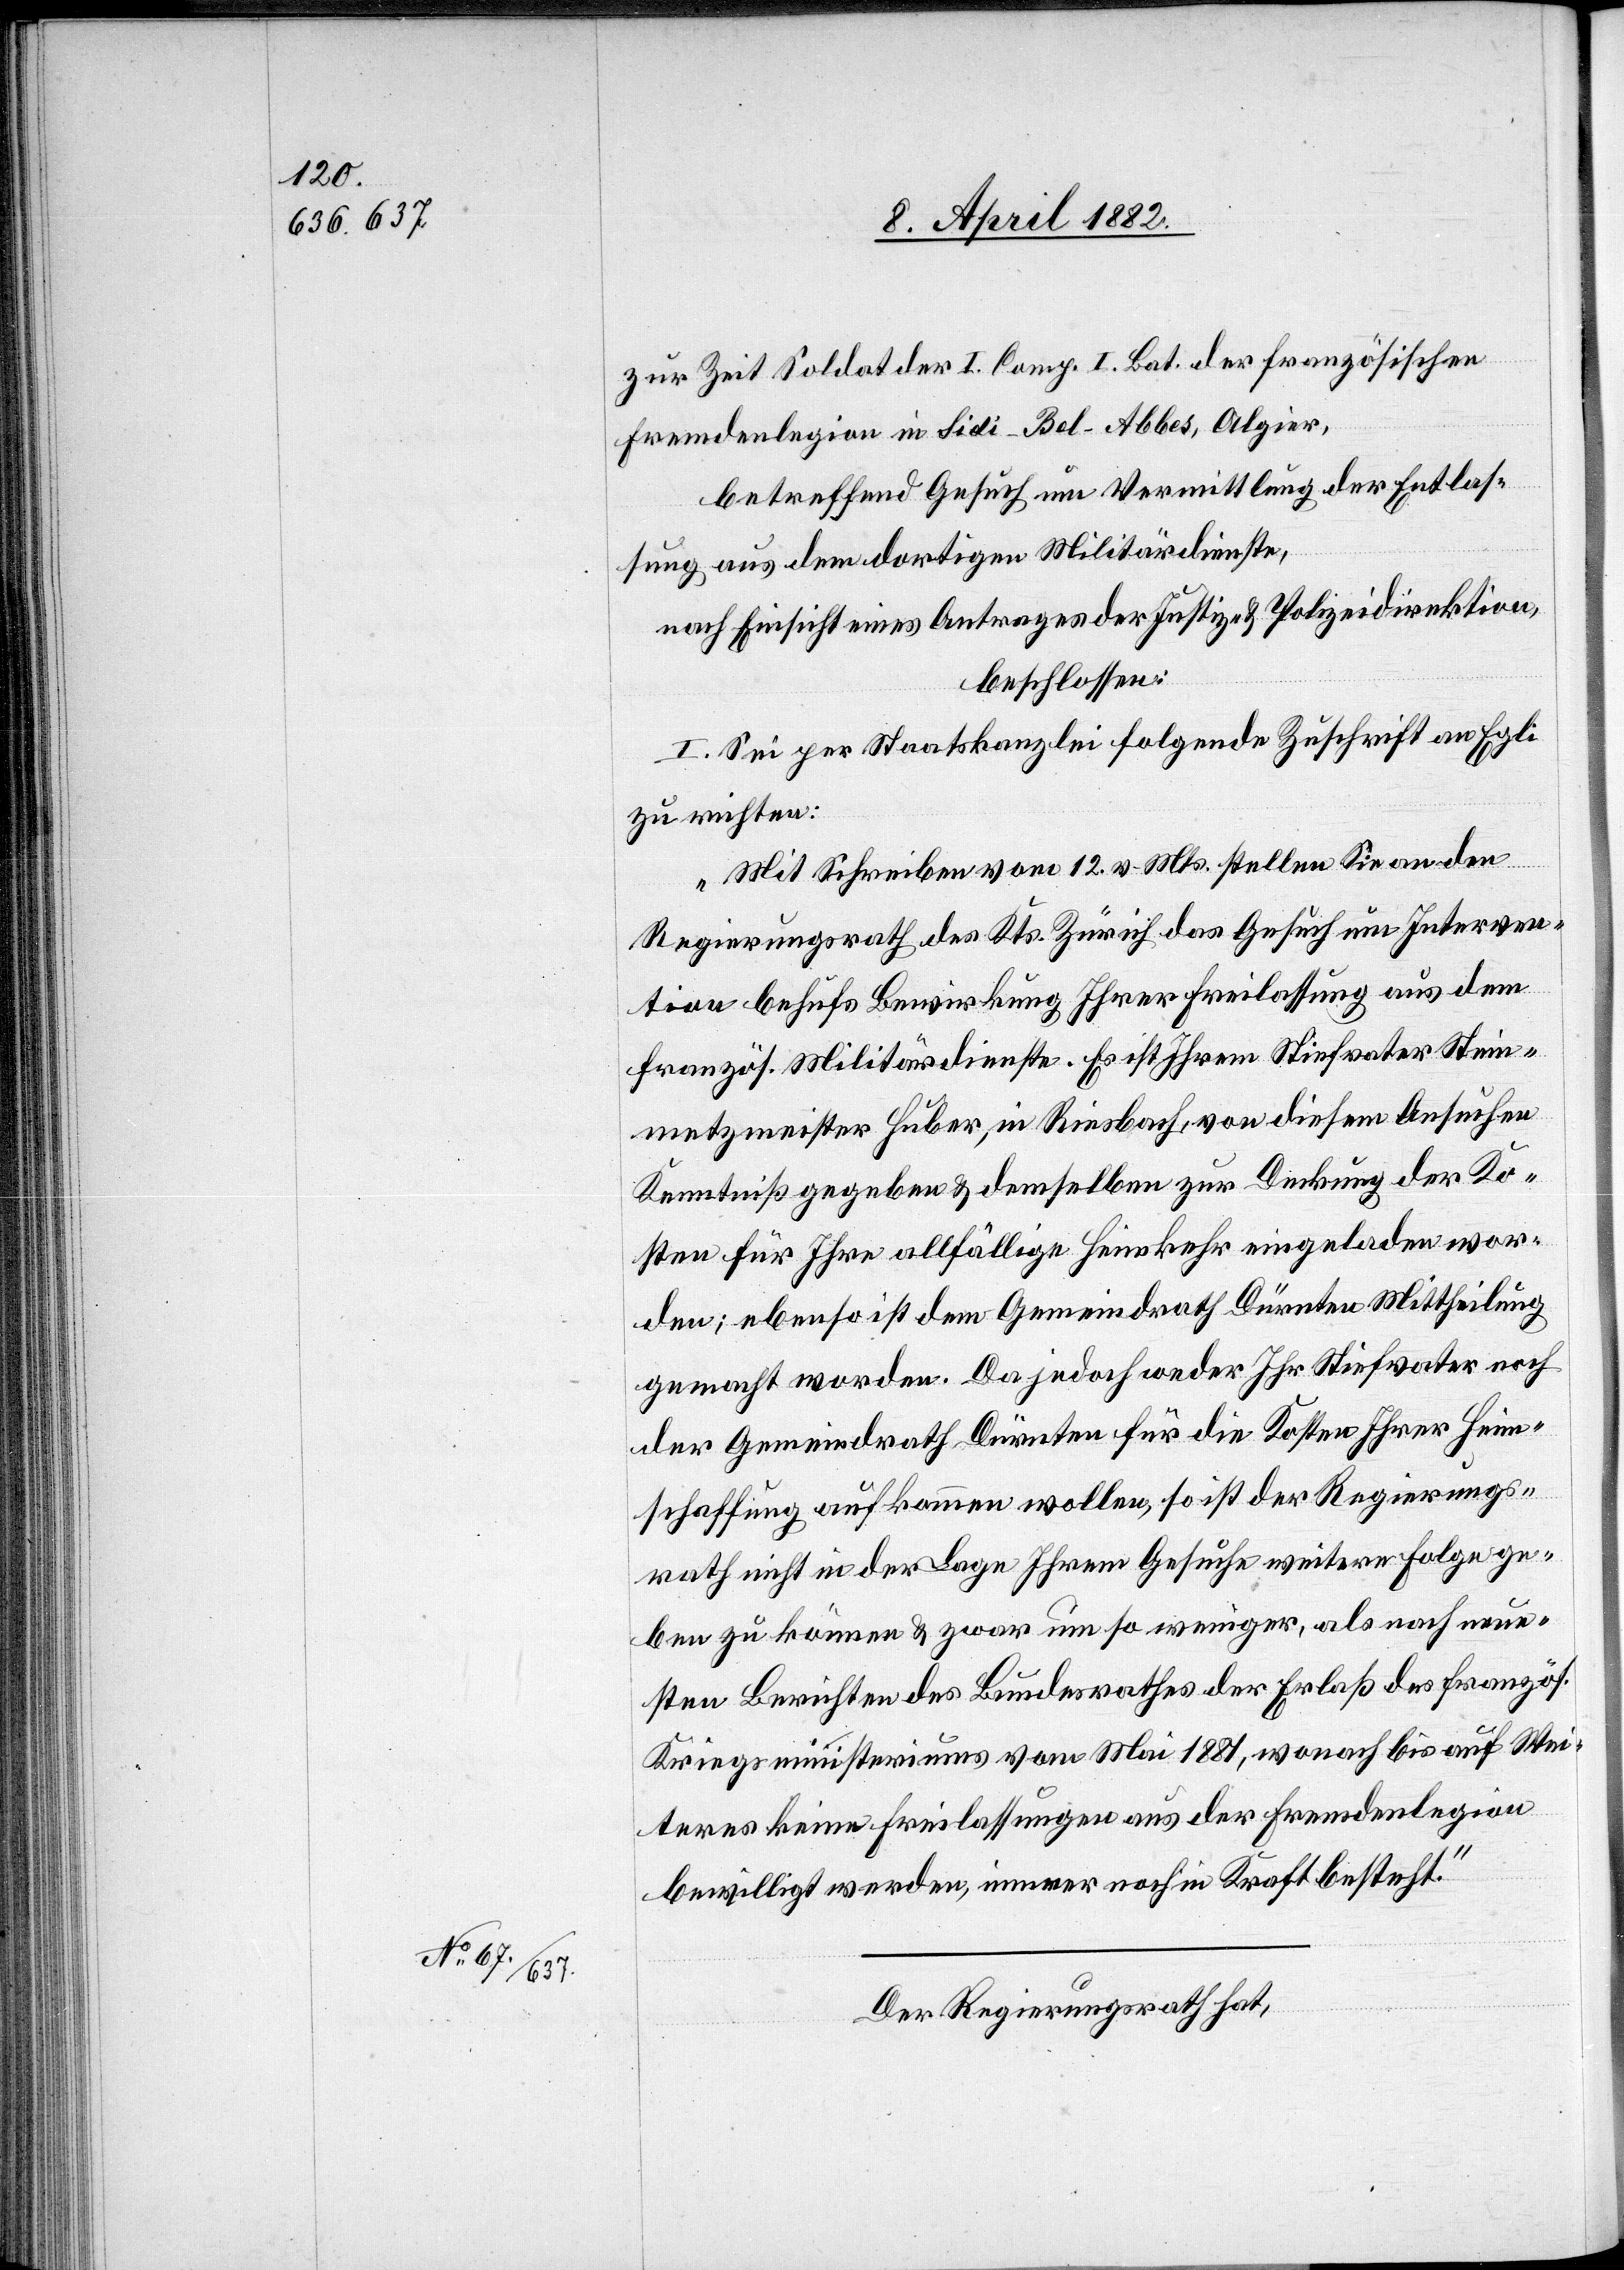
zur Zeit Soldat der I. Comp. I. Bat. der französischen
Fremdenlegion in Sidi-Bel-Abbes, Algier,
betreffend Gesuch um Vermittlung der Entlas¬
sung aus dem dortigen Militärdienste,
nach Einsicht eines Antrages der Justiz- & Polizeidirektion,
beschlossen:
Sei per Staatskanzlei folgende Zuschrift an Egli
zu richten:
„Mit Schreiben vom 12. v. Mts. stellen Sie an den
Regierungsrath des Kts. Zürich das Gesuch um Interven¬
tion behufs Bewirkung Ihrer Freilassung aus dem
französ. Militärdienste. Es ist Ihrem Stiefvater Stein¬
metzmeister Huber, in Riesbach, von diesem Ansuchen
Kenntniß gegeben & demselben zur Deckung der Ko¬
sten für Ihre allfällige Heimkehr eingeladen wor¬
den; ebenso ist dem Gemeindrath Dürnten Mittheilung
gemacht worden. D jedoch weder Ihr Stiefvater noch
der Gemeindrath Dürnten für die Kosten Ihrer Heim¬
schaffung aufkommen wollen, so ist der Regierungs¬
rath nicht in der Lage Ihrem Gesuche weitere Folge ge¬
ben zu können & zwar um so weniger, als nach neue¬
sten Berichten des Bundesrathes der Erlaß des französ.
Kriegsministeriums von Mai 1881, wonach bis auf Wei¬
teres keine Freilassungen aus der Fremdenlegion
bewilligt werden, immer noch in Kraft besteht.“
Der Regierungsrath hat,